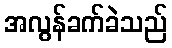
အလွန်ခက်ခဲသည်